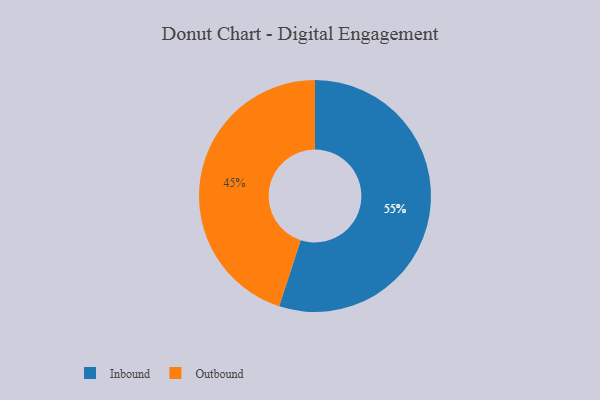
{"axis": {"x": "Category", "y": "Percentage"}, "legend": ["Inbound", "Outbound"], "data": [{"x": "Inbound", "y": 55, "type": "Inbound"}, {"x": "Outbound", "y": 45, "type": "Outbound"}]}